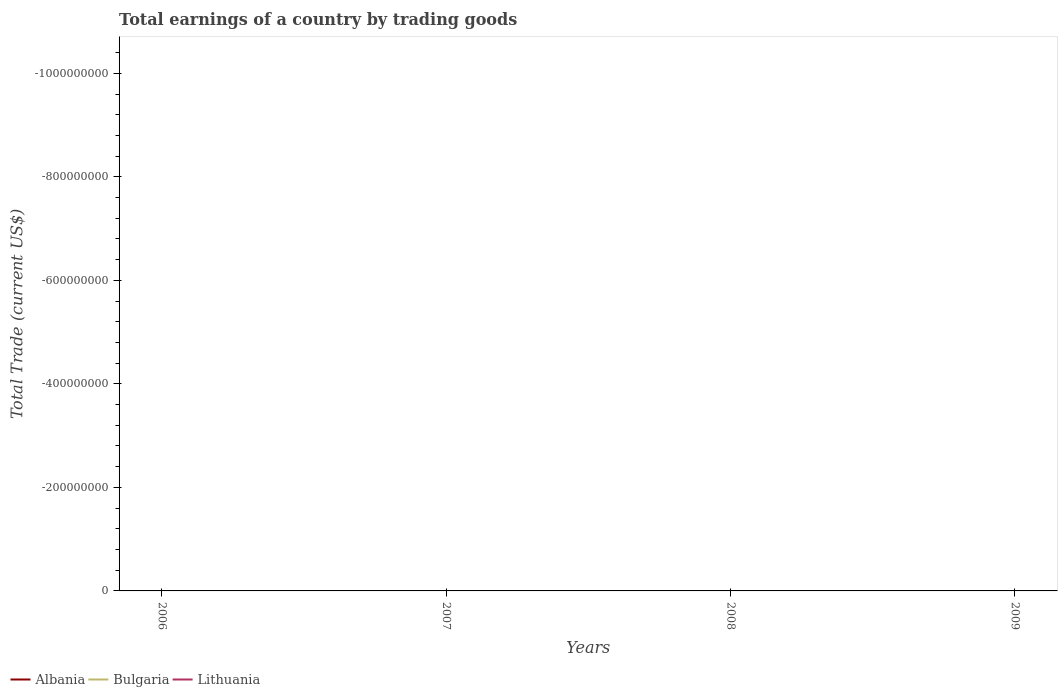
| Years | Albania | Bulgaria | Lithuania |
 | --- | --- | --- | --- |
 | 2006 | -2.28e+09 | -6.98e+09 | -4.17e+09 |
 | 2007 | -3.06e+09 | -1.05e+10 | -6.03e+09 |
 | 2008 | -3.81e+09 | -1.26e+10 | -6.47e+09 |
 | 2009 | -3.39e+09 | -5.77e+09 | -1.62e+09 |